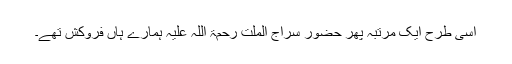
اسی طرح ایک مرتبہ پھر حضور سراج الملّت رحمۃ اللہ علیہ ہمارے ہاں فروکش تھے۔